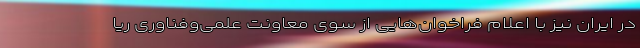
در ایران نیز با اعلام فراخوان‌هایی از سوی معاونت علمی‌وفناوری ریا